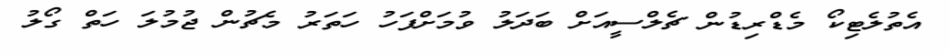
އެތުލެޓިކޯ މެޑްރިޑުން ޗެލްސީއަށް ބަދަލު ވުމަށްފަހު ހަތަރު މެޗުން ޖުމުލަ ހަތް ގޯލު